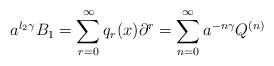
LaTeX: \begin{align*}a^{l_{2} \gamma}B_{1} = \sum_{r=0}^{\infty} q_{r}(x) \partial^{r} = \sum^{\infty}_{n=0} a^{-n \gamma} Q^{(n)}\end{align*}